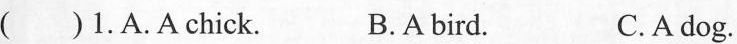
( )1.A.A chick. B.A bird. C.A dog.